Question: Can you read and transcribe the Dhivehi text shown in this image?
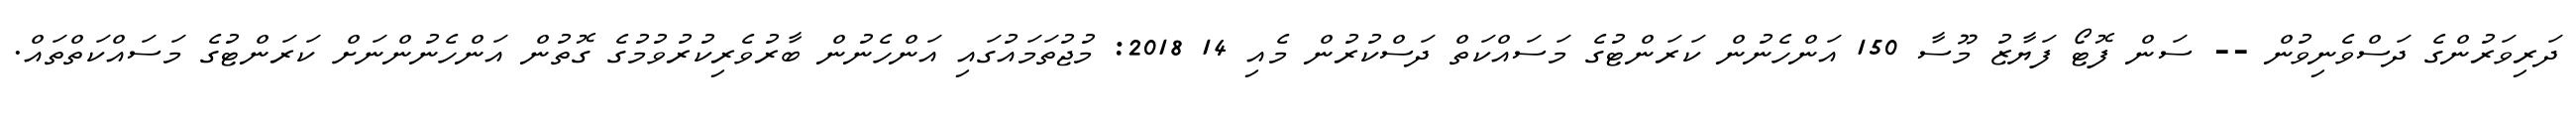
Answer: ދަރިވަރުންގެ ދަސްވެނިވުން -- ސަން ފޮޓޯ ފަޔާޒު މޫސާ 150 އަންހެނުން ކަރަންޓުގެ މަސައްކަތް ދަސްކުރުން މެއި 14 2018: މުޖުތަމައުގައި އަންހެނުން ބާރުވެރިކުރުވުމުގެ ގޮތުން އަންހެނުންނަށް ކަރަންޓުގެ މަސައްކަތްތައް.